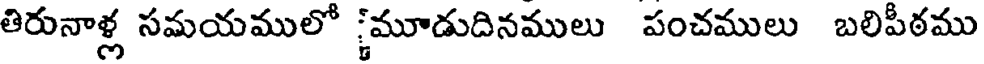
తిరునాళ్ల సమయములో ్మూడుదినములు పంచములు బలిపీఠము